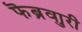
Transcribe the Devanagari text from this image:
फॆब्रुवारी